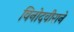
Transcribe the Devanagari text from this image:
विनोदवीराने